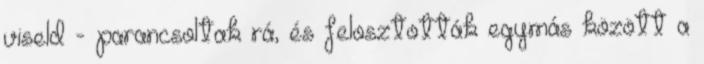
viseld - parancsoltak rá, és felosztották egymás között a